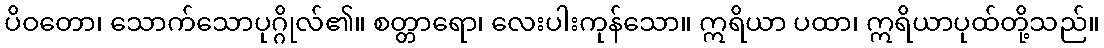
ပိဝတော၊ သောက်သောပုဂ္ဂိုလ်၏။ စတ္တာရော၊ လေးပါးကုန်သော။ ဣရိယာ ပထာ၊ ဣရိယာပုထ်တို့သည်။